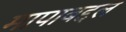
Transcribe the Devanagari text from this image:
मापाबद्दल